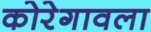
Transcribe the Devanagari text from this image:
कोरेगावला